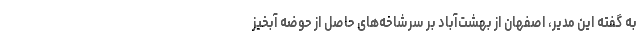
به گفته این مدیر، اصفهان از بهشت‌آباد بر سرشاخه‌های حاصل از حوضه آبخیز